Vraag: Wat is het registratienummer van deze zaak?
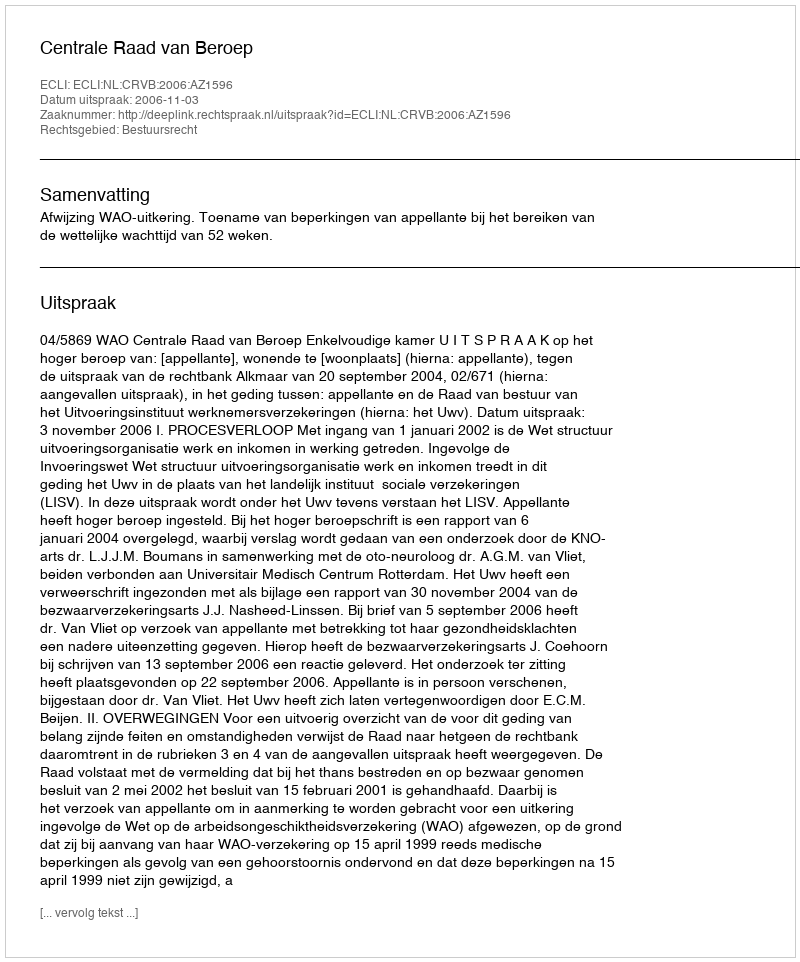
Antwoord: http://deeplink.rechtspraak.nl/uitspraak?id=ECLI:NL:CRVB:2006:AZ1596